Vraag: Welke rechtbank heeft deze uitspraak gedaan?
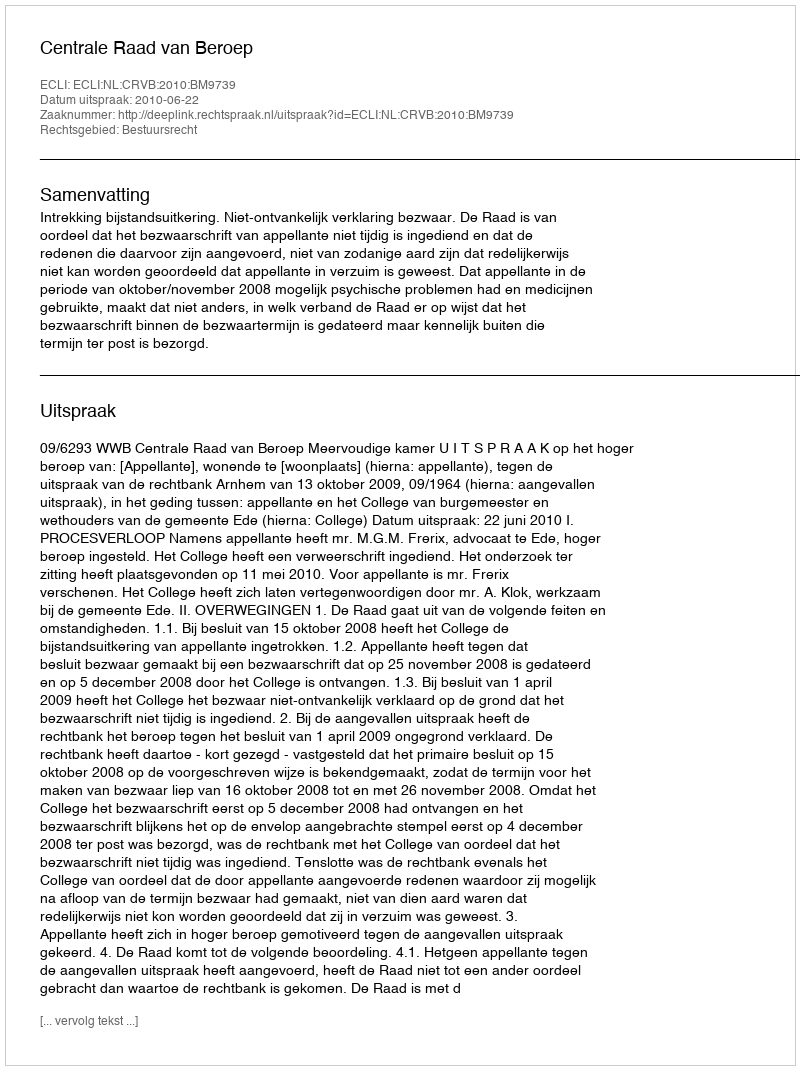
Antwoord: Centrale Raad van Beroep